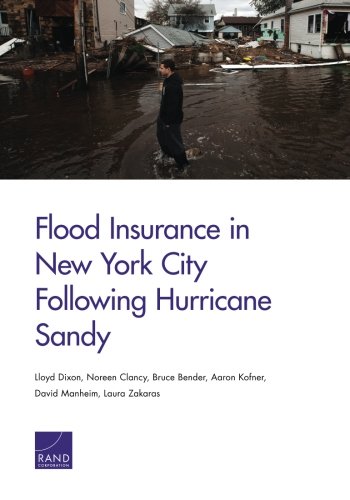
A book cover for Flood Insurance in New York City Following Hurricane Sandy; Lloyd Dixon; Science & Math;